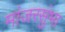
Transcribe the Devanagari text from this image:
मांजरसुंभा